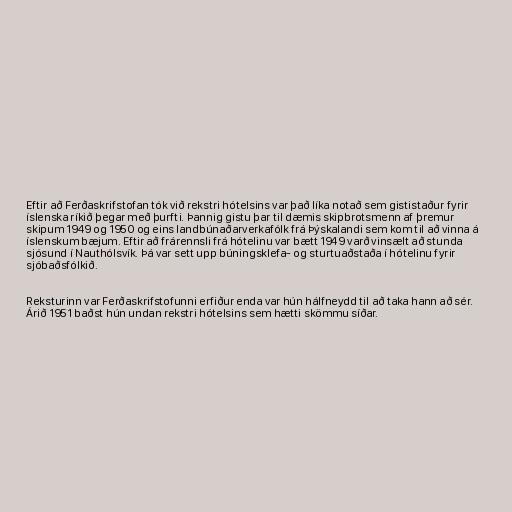
Eftir að Ferðaskrifstofan tók við rekstri hótelsins var það líka notað sem gististaður fyrir
íslenska ríkið þegar með þurfti. Þannig gistu þar til dæmis skipbrotsmenn af þremur
skipum 1949 og 1950 og eins landbúnaðarverkafólk frá Þýskalandi sem kom til að vinna á
íslenskum bæjum. Eftir að frárennsli frá hótelinu var bætt 1949 varð vinsælt að stunda
sjósund í Nauthólsvík. Þá var sett upp búningsklefa- og sturtuaðstaða í hótelinu fyrir
sjóbaðsfólkið.

Reksturinn var Ferðaskrifstofunni erfiður enda var hún hálfneydd til að taka hann að sér.
Árið 1951 baðst hún undan rekstri hótelsins sem hætti skömmu síðar.